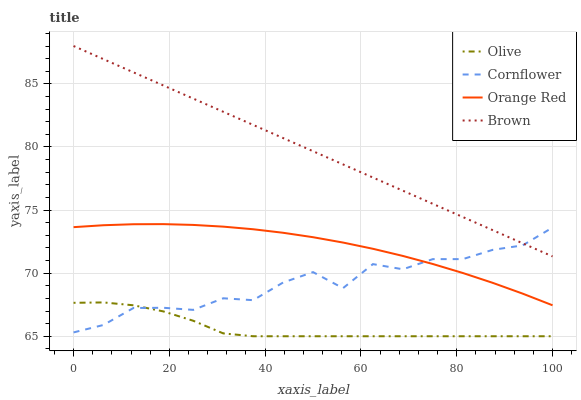
| xaxis_label | Olive | Cornflower | Orange Red | Brown |
 | --- | --- | --- | --- | --- |
 | 0 | 67.6 | 65.3 | 73.6 | 88 |
 | 6.25 | 67.7 | 65.9 | 73.8 | 87 |
 | 12.5 | 67.5 | 67.2 | 73.9 | 85.9 |
 | 18.8 | 67 | 67.3 | 73.9 | 84.9 |
 | 25 | 66.2 | 67.1 | 73.8 | 83.8 |
 | 31.2 | 65.2 | 68 | 73.7 | 82.8 |
 | 37.5 | 65 | 67.9 | 73.5 | 81.7 |
 | 43.8 | 65 | 69.3 | 73.2 | 80.7 |
 | 50 | 65 | 70.1 | 72.8 | 79.7 |
 | 56.2 | 65 | 68.8 | 72.4 | 78.6 |
 | 62.5 | 65 | 70.7 | 71.9 | 77.6 |
 | 68.8 | 65 | 70.3 | 71.4 | 76.5 |
 | 75 | 65 | 71.1 | 70.7 | 75.5 |
 | 81.2 | 65 | 71.1 | 70 | 74.5 |
 | 87.5 | 65 | 71.8 | 69.2 | 73.4 |
 | 93.8 | 65 | 72.2 | 68.4 | 72.4 |
 | 100 | 65 | 73.6 | 67.5 | 71.3 |